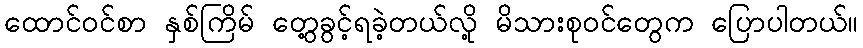
ထောင်ဝင်စာ နှစ်ကြိမ် တွေ့ခွင့်ရခဲ့တယ်လို့ မိသားစုဝင်တွေက ပြောပါတယ်။